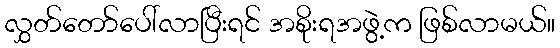
လွှတ်တော်ပေါ်လာပြီးရင် အစိုးရအဖွဲ့က ဖြစ်လာမယ်။